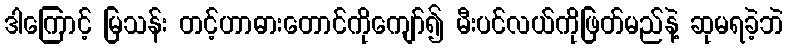
ဒါကြောင့် မြသန်း တင့်ဟာဓားတောင်ကိုကျော်၍ မီးပင်လယ်ကိုဖြတ်မည်နဲ့ ဆုမရခဲ့ဘဲ